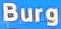
Burg